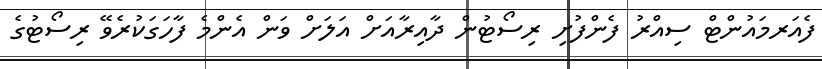
ފެއަރމައުންޓް ސިއްރު ފެންފުށި ރިސޯޓުން ދާއިރާއަށް އަލަށް ވަން އެންމެ ފާހަގަކުރެވޭ ރިސޯޓުގެ